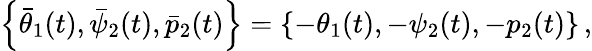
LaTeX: \left\{ \bar{\theta}_{1}(t),\bar{\psi}_{2}(t),\bar{p}_{2}(t)\right\} =\left\{ -\theta_{1}(t),-\psi_{2}(t),-p_{2}(t)\right\} \, ,